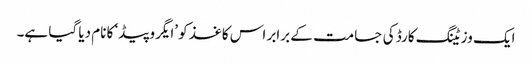
ایک وزیٹنگ کارڈ کی جسامت کے برابر اس کاغذ کو ’ایگروپیڈ‘ کا نام دیا گیا ہے۔